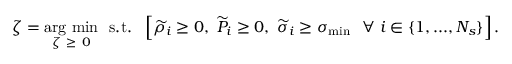
\zeta = \underset { \zeta \ \geq \ 0 } { \mathrm { a r g \ m i n } } \ \ \mathrm { s . t . } \ \ \left[ \widetilde { \rho } _ { i } \geq 0 , \ \widetilde { P } _ { i } \geq 0 , \ \widetilde { \sigma } _ { i } \geq \sigma _ { \operatorname* { m i n } } \ \ \forall \ i \in \{ 1 , . . . , N _ { s } \} \right] .